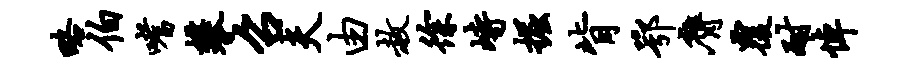
略伯嗜攀召夫由赦徐峙掘背鄂膺覆耐悼